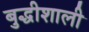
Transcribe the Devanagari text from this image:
बुद्धीशाली